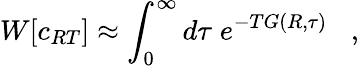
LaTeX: W[c_{RT}]\approx\int_{0}^{\infty}d\tau\; e^{-TG(R,\tau)}\; \; \; ,